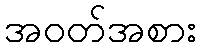
အဝတ်အစား